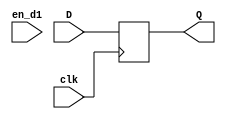
module smffa
  (
   input  clk,
   input  en_d1,
   input  D,
   output reg Q
   );
   always @ (posedge clk) begin
   	Q <= D;
   end
endmodule